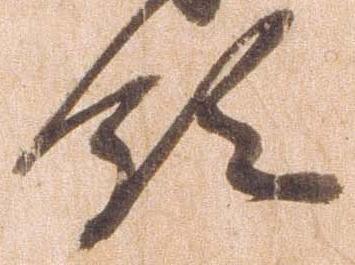
領